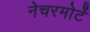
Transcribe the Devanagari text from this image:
नेचरमोर्टे